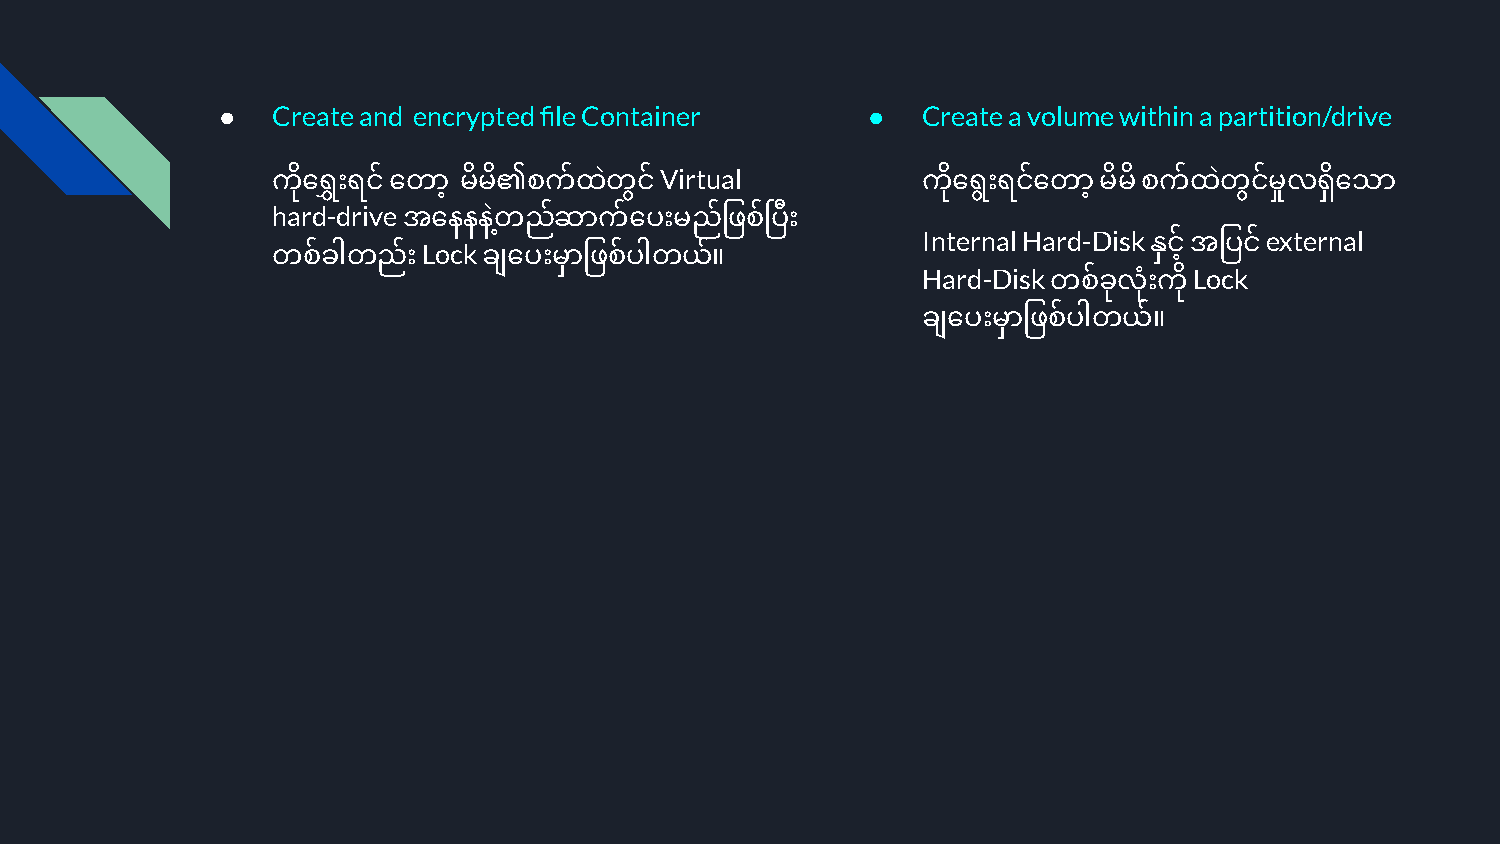
●   Create and encrypted file Container    ●   Create a volume within a partition/drive
 Virtual
 ကိုေရရွှေးရင်ေတာ့ မိမိ၏စက်ထဲတငွ ်          ကိုေရွးရင်ေတာ့မိမိစက်ထဲတငွ ်မှုလရှိေသာ
 hard-drive
 အေနနနတဲ ့ ည်ဆာက်ေပးမည်ြဖစ်  ပီး
 Internal Hard-Disk     external
 Lock                                            နှင့်အြပင်
 တစ်ခါတည်း     ချေပးမှာြဖစ်ပါတယ်။
 Hard-Disk         Lock
 တစ်ခုလံးု ကို
 ချေပးမှာြဖစ်ပါတယ်။